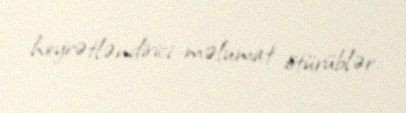
heyrətləndirici məlumat ötürüblər.